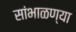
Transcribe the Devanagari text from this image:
सांभाळण्या